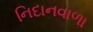
નિદાનવાળા